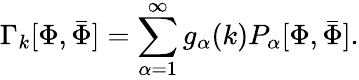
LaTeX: \Gamma_{k}[\Phi,{\bar{\Phi}}]=\sum_{\alpha=1}^{\infty}g_{\alpha}(k)P_{\alpha}[\Phi,{\bar{\Phi}}].